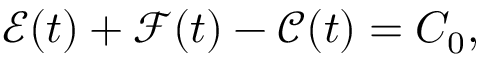
\mathcal { E } ( t ) + \mathcal { F } ( t ) - \mathcal { C } ( t ) = C _ { 0 } ,